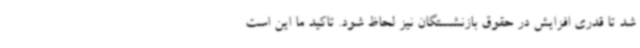
شد تا قدری افزایش در حقوق بازنشستگان نیز لحاظ شود. تاکید ما این است